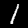
Digit: 1